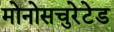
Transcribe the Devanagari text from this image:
मोनोसचुरेटेड